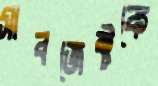
সাবজেক্টকে